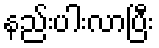
နည်းပါးလာပြီး